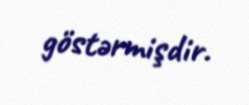
göstərmişdir.